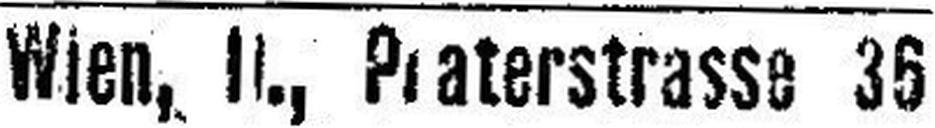
Wien, II., P###aterstrasse 35